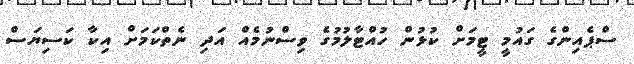
ސްޕެއިންގެ ގައުމީ ޓީމަށް ކުޅުން ހުއްޓާލުމުގެ ވިސްނުމެއް އަދި ނެތްކަމަށް އިކާ ކަސިޔަސް